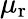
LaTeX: \mu_{\mathrm{r}}